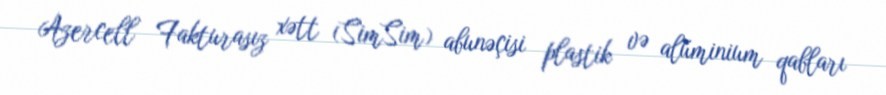
Azercell Fakturasız xətt (SimSim) abunəçisi plastik və alüminium qabları